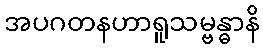
အပဂတနဟာရူသမ္ဗန္ဓာနိ